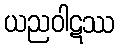
ယညဝါဋဿ